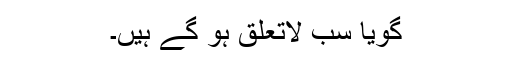
گویا سب لاتعلق ہو گے ہیں۔